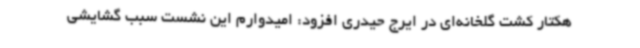
هکتار کشت گلخانه‌ای در ایرج حیدری افزود: امیدوارم این نشست سبب گشایشی